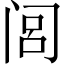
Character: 闾